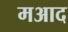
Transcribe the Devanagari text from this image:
मआद